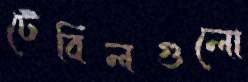
টেবিলগুলো